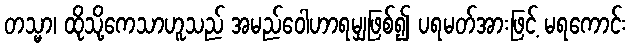
တသ္မာ၊ ထိုသို့ကေသာဟူသည် အမည်ဝေါဟာရမျှဖြစ်၍ ပရမတ်အားဖြင့် မရကောင်း